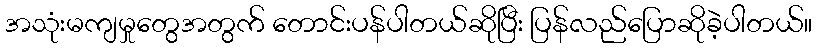
အသုံးမကျမှုတွေအတွက် တောင်းပန်ပါတယ်ဆိုပြီး ပြန်လည်ပြောဆိုခဲ့ပါတယ်။